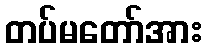
တပ်မတော်အား